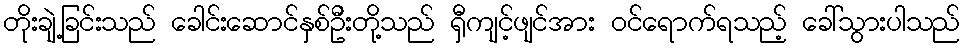
တိုးချဲ့ခြင်းသည် ခေါင်းဆောင်နှစ်ဦးတို့သည် ရှီကျင့်ဖျင်အား ဝင်ရောက်ရသည့် ခေါ်သွားပါသည်